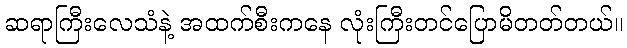
ဆရာကြီးလေသံနဲ့ အထက်စီးကနေ လုံးကြီးတင်ပြောမိတတ်တယ်။